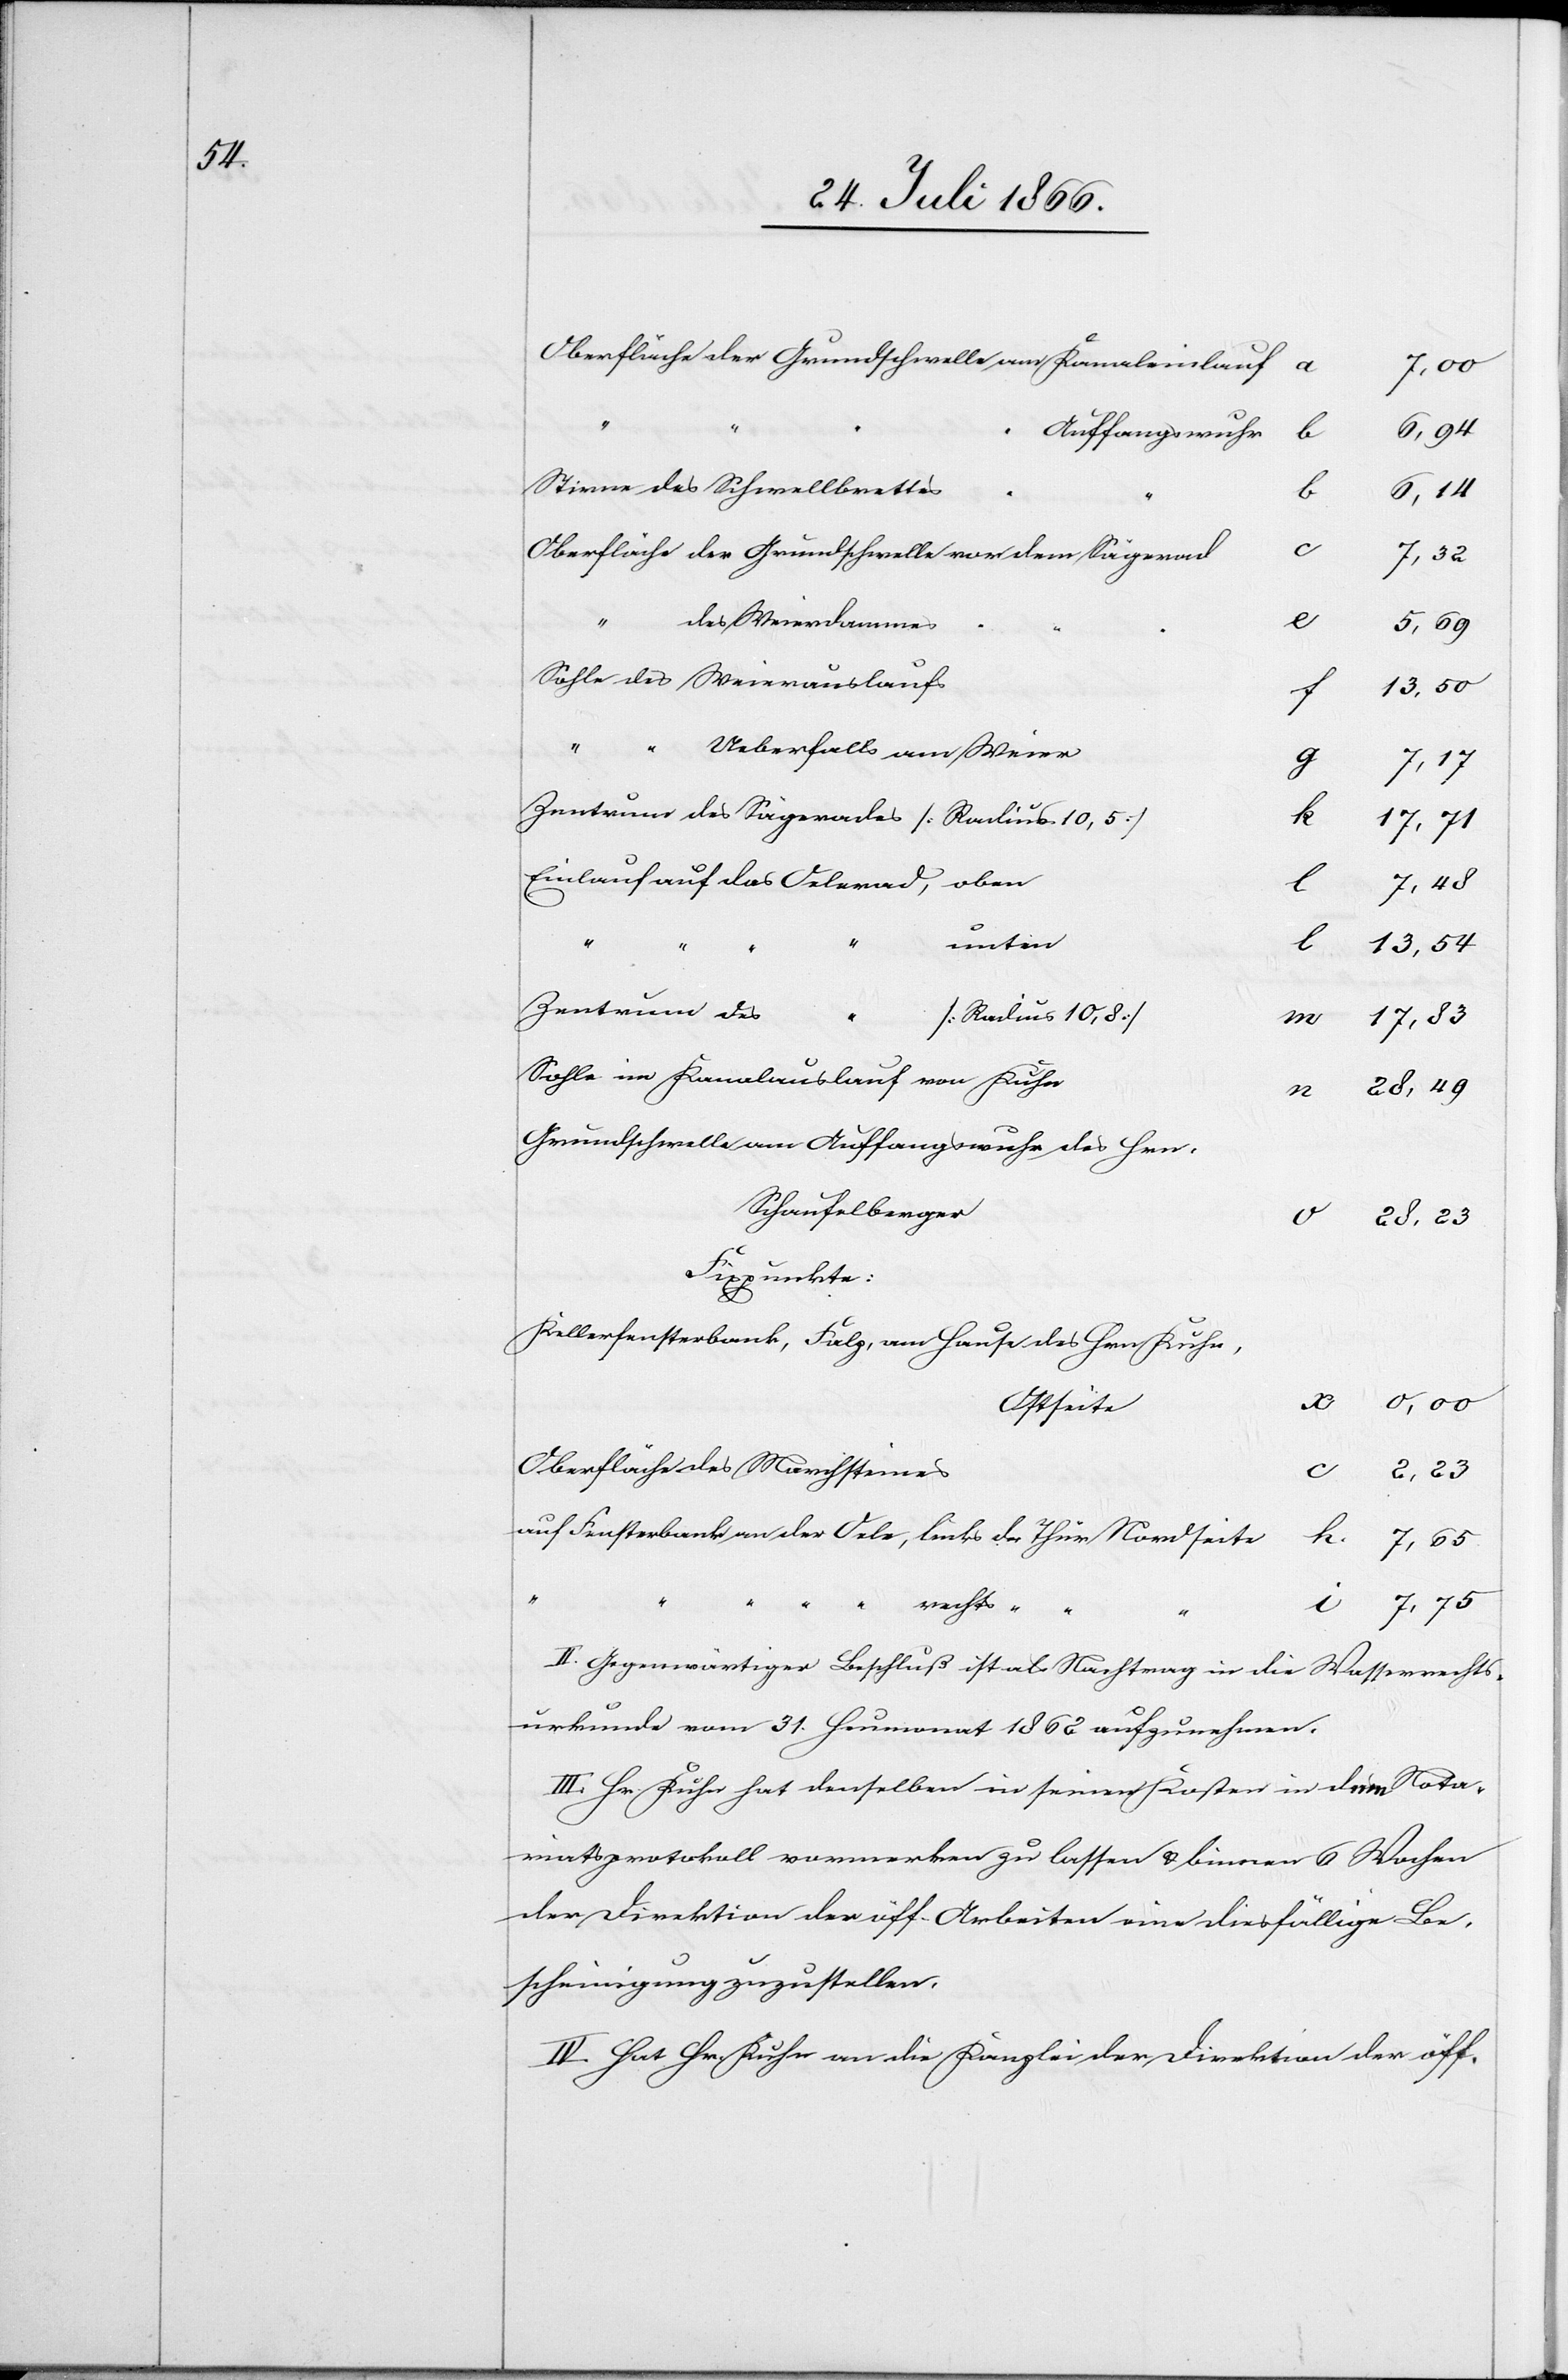
a
7,00
Auffangswuhr
k.
Stirne des Schwellbrettes
6,14
i.
7,32
“
des Weierdammes
“
5,69
13,50
0
“ “ “ “
Ueberfalls am Weier
rechts
Zentrum des Sägerades [Radius 10,5]
k
17,71
“
unten
Weierauslaufs
13,54
Zentrum des
der Thür
[Radius 10,8]
17.83
Sohle im Kanalauslauf von Kuhn
Grundschwelle am Auffangswuhr des Hrn:
Schaufelberger
Fixpunkte:
Kellerfensterbank, Falz, am Hause des Hrn. Kuhn,
Ostseite
Oberfläche des Marchsteines
II. Gegenwärtiger Beschluß ist als Nachtrag in die Wasserrechts¬
urkunde vom 31. Heumonat 1862 aufzunehmen.
III. Hr. Kuhn hat denselben in seinen Kosten in dem Nota¬
riatsprotokoll vormerken zu lassen u. binnen 6 Wochen
der Direktion der öff. Arbeiten eine diesfällige Be¬
scheinigung zuzustellen.
IV. Hat Hr. Kuhn an die Kanzlei der Direktion der öff.